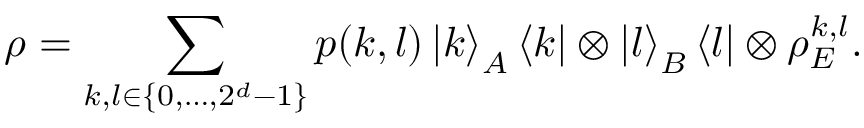
\rho = \sum _ { k , l \in \{ 0 , \dots , 2 ^ { d } - 1 \} } p ( k , l ) \left\vert k \right\rangle _ { A } \left\langle k \right\vert \otimes \left\vert l \right\rangle _ { B } \left\langle l \right\vert \otimes \rho _ { E } ^ { k , l } .